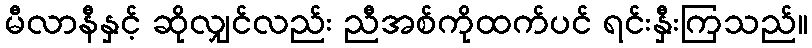
မီလာနီနှင့် ဆိုလျှင်လည်း ညီအစ်ကိုထက်ပင် ရင်းနှီးကြသည်။